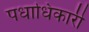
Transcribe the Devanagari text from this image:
पधाधिकारी